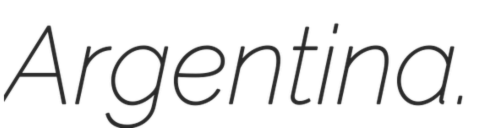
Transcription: Argentina.